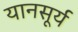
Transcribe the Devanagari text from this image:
यानसूर्य